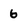
Character: 6